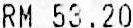
RM 53.20